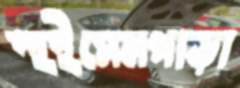
হুইসেনপাড়া